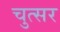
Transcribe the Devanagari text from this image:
चुत्सर